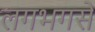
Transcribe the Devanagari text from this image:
लगभगसे